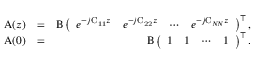
\begin{array} { r l r } { \boldsymbol { \mathrm { A } } ( z ) } & { = } & { \boldsymbol { \mathrm { B } } \left( \begin{array} { l l l l } { e ^ { - j \mathrm { C _ { 1 1 } } z } } & { e ^ { - j \mathrm { C _ { 2 2 } } z } } & { \cdots } & { e ^ { - j \mathrm { C } _ { N \! N } z } } \end{array} \right) ^ { \top } , } \\ { \boldsymbol { \mathrm { A } } ( 0 ) } & { = } & { \boldsymbol { \mathrm { B } } \left( \begin{array} { l l l l } { 1 } & { 1 } & { \cdots } & { 1 } \end{array} \right) ^ { \top } . } \end{array}